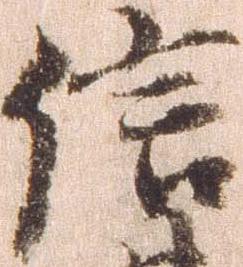
信